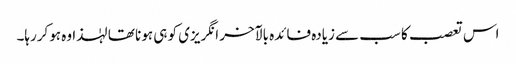
اس تعصب کا سب سے زیادہ فائدہ بالآخر انگریزی کو ہی ہونا تھا لہٰذا وہ ہوکررہا۔